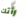
رأتك